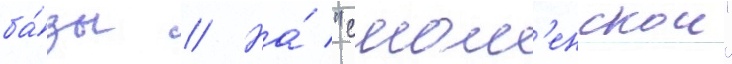
ба́зы // На́ "смол'енскои"